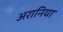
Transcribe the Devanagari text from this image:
अरानिया